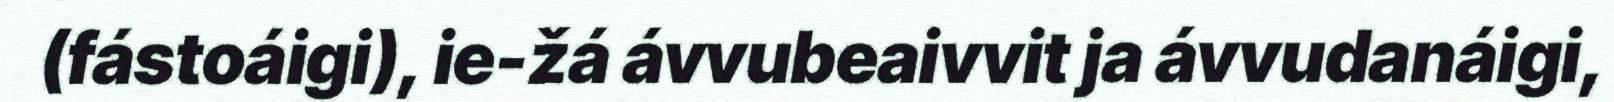
(fástoáigi), ie-žá ávvubeaivvit ja ávvudanáigi,